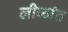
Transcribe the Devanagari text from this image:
लीळांत